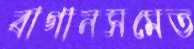
বাগানসমেত